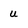
Character: u